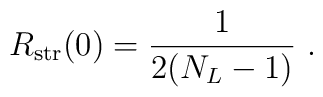
R_{\rm str}(0) =   {1\over  2  (N_L-1)}\ .